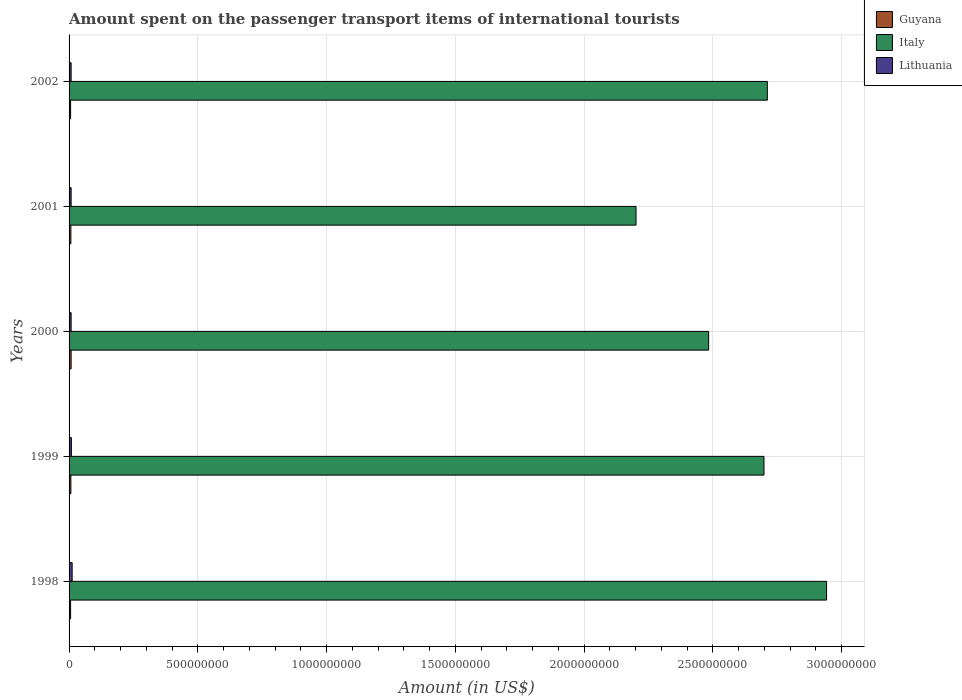
| Years | Guyana | Italy | Lithuania |
 | --- | --- | --- | --- |
 | 1998 | 6e+06 | 2.94e+09 | 1.2e+07 |
 | 1999 | 7e+06 | 2.7e+09 | 9e+06 |
 | 2000 | 8e+06 | 2.48e+09 | 8e+06 |
 | 2001 | 7e+06 | 2.2e+09 | 8e+06 |
 | 2002 | 6e+06 | 2.71e+09 | 8e+06 |